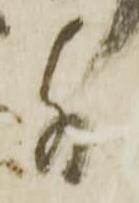
外